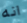
انه